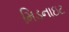
મિડનાઇટ